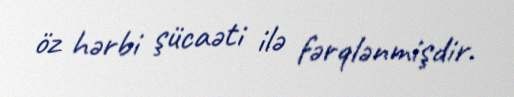
öz hərbi şücaəti ilə fərqlənmişdir.